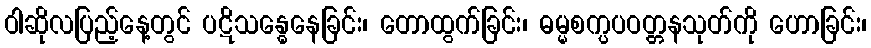
ဝါဆိုလပြည့်နေ့တွင် ပဋိသန္ဓေနေခြင်း၊ တောထွက်ခြင်း၊ ဓမ္မစက္ပပဝတ္တနသုတ်ကို ဟောခြင်း၊